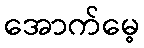
အောက်မေ့